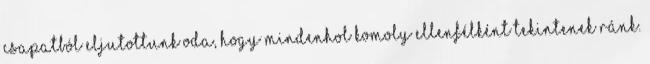
csapatból eljutottunk oda, hogy mindenhol komoly ellenfélként tekintenek ránk.